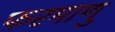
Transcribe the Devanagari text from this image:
फरमाणु